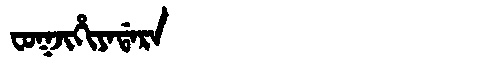
Manchu: ᠸᠣᡴᠵᡳᡥᡳᠶᠠᡩᠠᡵᠠ
Romanization: FOKJIHIYADARA